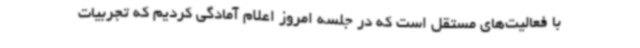
با فعالیت‌های مستقل است که در جلسه امروز اعلام آمادگی کردیم که تجربیات